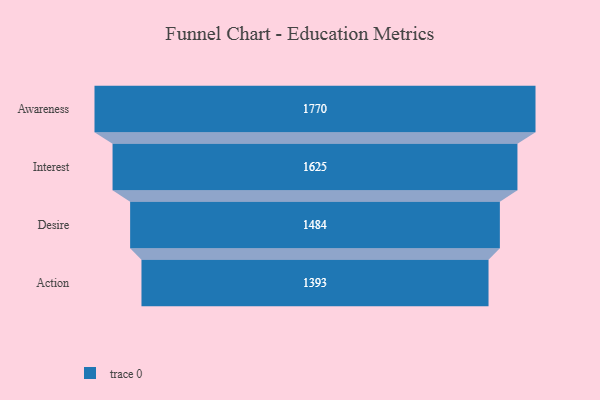
{"axis": {"x": "Stage", "y": "Value"}, "legend": [""], "data": [{"x": "Awareness", "y": 1770.0, "type": ""}, {"x": "Interest", "y": 1625.0, "type": ""}, {"x": "Desire", "y": 1484.0, "type": ""}, {"x": "Action", "y": 1393.0, "type": ""}]}